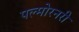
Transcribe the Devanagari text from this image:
पल्मोरनरी